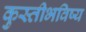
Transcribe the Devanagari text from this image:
कुस्तीभविष्य